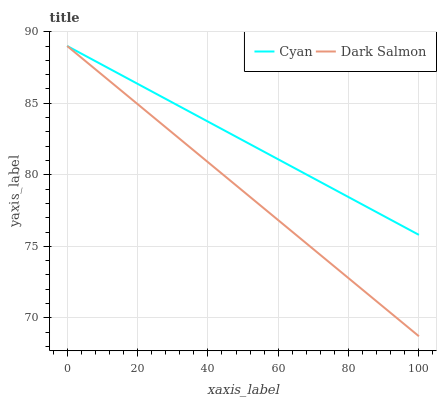
| xaxis_label | Cyan | Dark Salmon |
 | --- | --- | --- |
 | 0 | 89 | 89 |
 | 12.5 | 87.4 | 86.5 |
 | 25 | 85.7 | 83.9 |
 | 37.5 | 84.1 | 81.4 |
 | 50 | 82.4 | 78.9 |
 | 62.5 | 80.8 | 76.3 |
 | 75 | 79.1 | 73.8 |
 | 87.5 | 77.5 | 71.3 |
 | 100 | 75.8 | 68.7 |